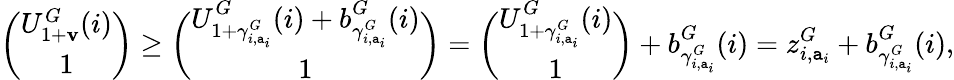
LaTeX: \binom{U_{1+\mathbf{v}}^{G}(i)}{1}\geq\binom{U_{1+\gamma_{i,\mathtt{a}_{i}}^{G}}^{G}(i)+b_{\gamma_{i,\mathtt{a}_{i}}^{G}}^{G}(i)}{1}=\binom{U_{1+\gamma_{i,\mathtt{a}_{i}}^{G}}^{G}(i)}{1}+b_{\gamma_{i,\mathtt{a}_{i}}^{G}}^{G}(i)=z_{i,\mathtt{a}_{i}}^{G}+b_{\gamma_{i,\mathtt{a}_{i}}^{G}}^{G}(i),